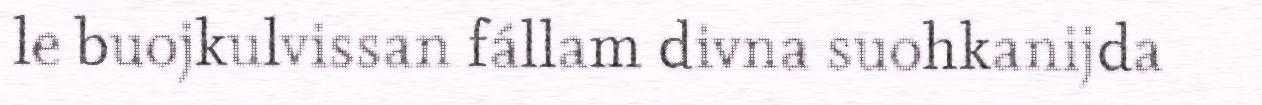
le buojkulvissan fállam divna suohkanijda